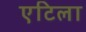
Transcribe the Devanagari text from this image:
एटिला